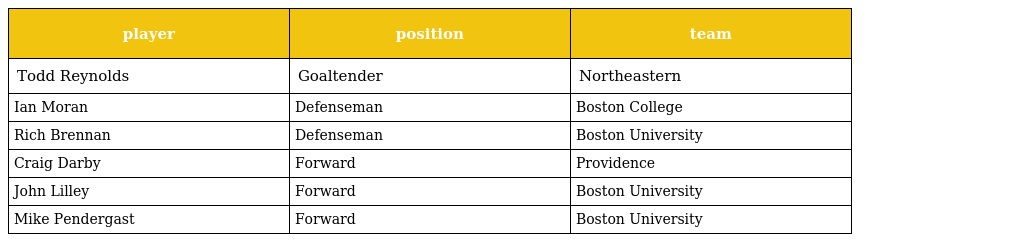
| player | position | team |
 | --- | --- | --- |
 | Todd Reynolds | Goaltender | Northeastern |
 | Ian Moran | Defenseman | Boston College |
 | Rich Brennan | Defenseman | Boston University |
 | Craig Darby | Forward | Providence |
 | John Lilley | Forward | Boston University |
 | Mike Pendergast | Forward | Boston University |